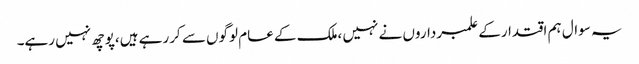
یہ سوال ہم اقتدارکے علمبرداروں نے نہیں ،ملک کے عام لوگوں سے کررہے ہیں،پوچھ نہیں رہے۔